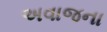
અવાજના